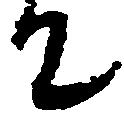
て